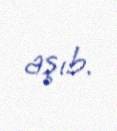
aşıb.